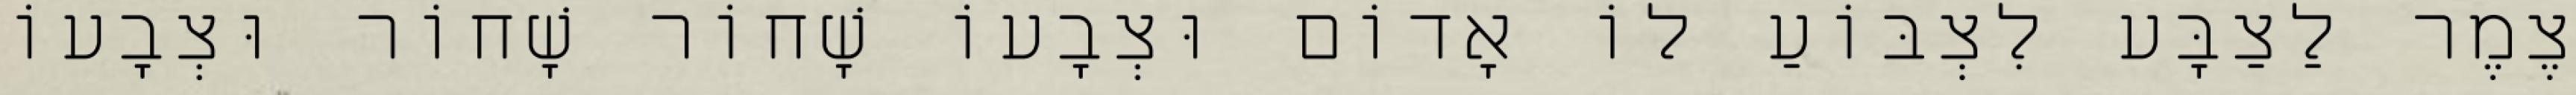
צֶמֶר לַצַבָּע לִצְבּוֹעַ לוֹ אָדוֹם וּצְבָעוֹ שָׁחוֹר שָׁחוֹר וּצְבָעוֹ